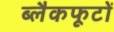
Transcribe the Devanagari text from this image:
ब्लैकफूटों